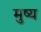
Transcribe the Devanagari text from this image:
मुष्य